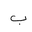
Letter: _ba